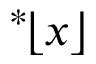
{ } ^ { * } \! \lfloor x \rfloor